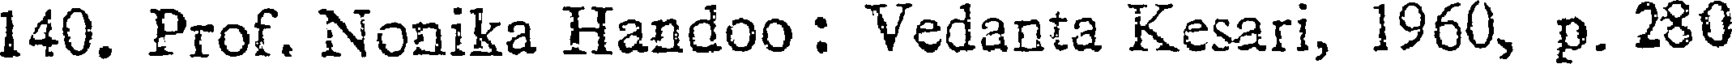
140. Prof. Nonika Handoo : Vedanta Kesari, 1960, p. 280